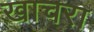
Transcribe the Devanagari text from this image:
खाचरा